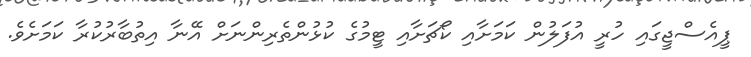
ޕީއެސްޖީގައި ހުރީ އުފަލުން ކަމަށާއި ކޯޗަށާއި ޓީމުގެ ކުޅުންތެރިންނަށް އޭނާ އިތުބާރުކުރާ ކަމަށެވެ.